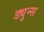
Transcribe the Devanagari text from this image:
ड्युन्स